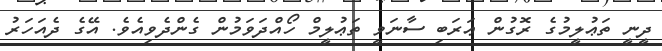
ދީނީ ތަޢުލީމުގެ ރޮގުން ޢަރަބި ސާނަވީ ތަޢުލީމް ހޯއްދަވަމުން ގެންދެވިއެވެ. އޭގެ ދެއަހަރު